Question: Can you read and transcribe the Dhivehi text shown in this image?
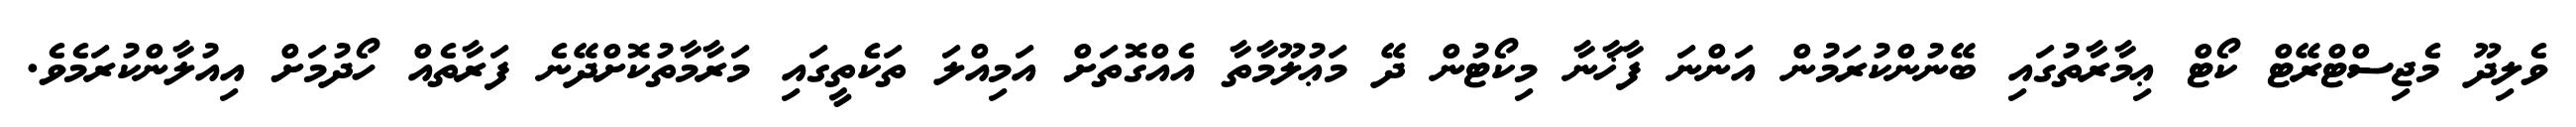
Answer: ވެލިދޫ މެޖިސްޓްރޭޓް ކޯޓް ޢިމާރާތުގައި ބޭނުންކުރަމުން އަންނަ ފާޚާނާ މިކޯޓުން ދޭ މަޢުލޫމާތާ އެއްގޮތަށް އަމިއްލަ ތަކެތީގައި މަރާމާތުކޮށްދޭނެ ފަރާތެއް ހޯދުމަށް އިއުލާންކުރަމެވެ.